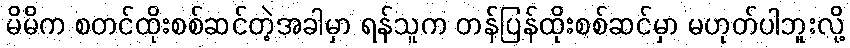
မိမိက စတင်ထိုးစစ်ဆင်တဲ့အခါမှာ ရန်သူက တန်ပြန်ထိုးစစ်ဆင်မှာ မဟုတ်ပါဘူးလို့